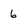
Character: 6